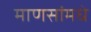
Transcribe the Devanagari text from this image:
माणसांमधे